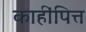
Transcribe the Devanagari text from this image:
काहींपित्त